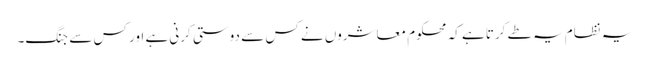
یہ نظام یہ طے کرتا ہے کہ محکوم معاشروں نے کس سے دوستی کرنی ہے اور کس سے جنگ۔